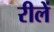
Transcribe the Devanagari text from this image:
रीलें